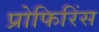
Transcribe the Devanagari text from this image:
प्रोफिरिंस